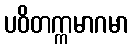
ပဝိတက္ကမာဂမာ